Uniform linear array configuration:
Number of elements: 24
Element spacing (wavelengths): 0.5
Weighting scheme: exponential
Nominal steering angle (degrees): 30
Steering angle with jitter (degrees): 30.547
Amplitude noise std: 0.05
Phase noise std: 0.05

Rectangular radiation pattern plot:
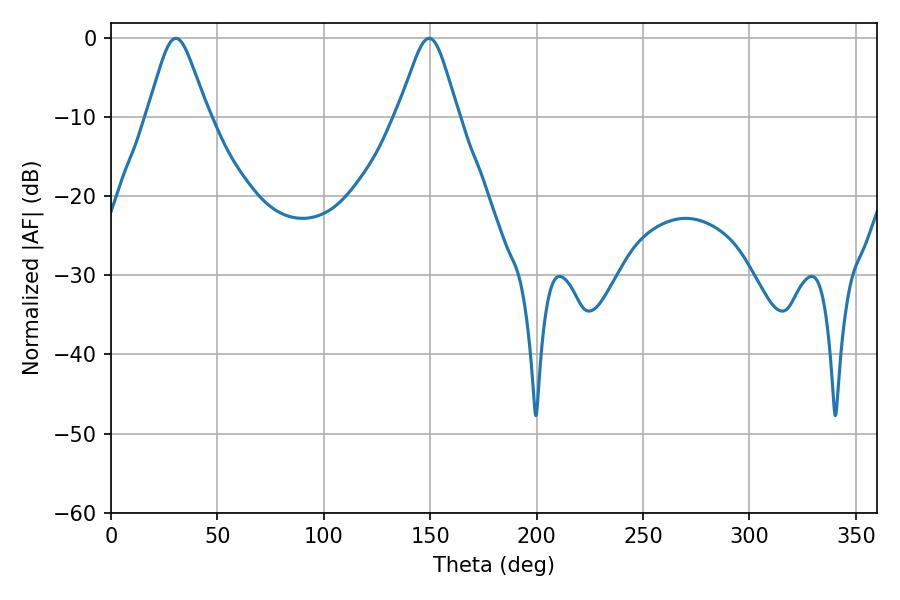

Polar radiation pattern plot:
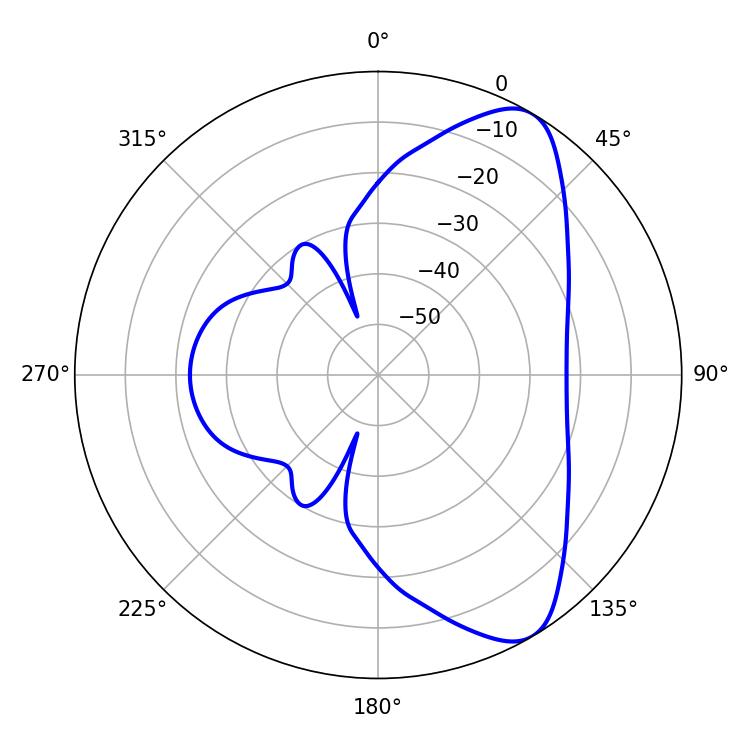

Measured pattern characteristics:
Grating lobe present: FALSE
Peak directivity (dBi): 8.192
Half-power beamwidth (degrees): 13.5
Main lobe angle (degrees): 30.42